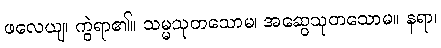
ဖလေယျ၊ ကွဲရာ၏။ သမ္မသုတသောမ၊ အဆွေသုတသောမ။ နရာ၊